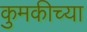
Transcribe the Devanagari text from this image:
कुमकीच्या